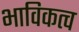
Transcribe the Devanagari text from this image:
भाविकत्व